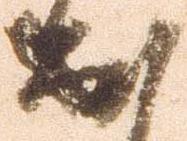
出